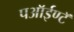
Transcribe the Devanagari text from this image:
पऑईण्टॅ